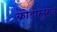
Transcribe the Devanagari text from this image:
कोडाम्तुरुत